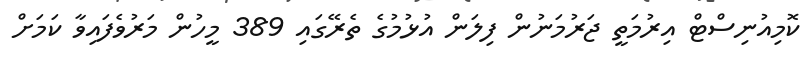
ކޮމިއުނިސްޓް އިރުމަތީ ޖަރުމަނުން ފިލަން އުޅުމުގެ ތެރޭގައި 389 މީހުން މަރުވެފައިވާ ކަމަށް